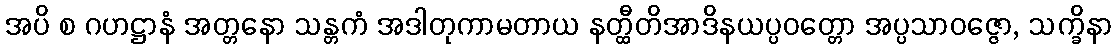
အပိ စ ဂဟဋ္ဌာနံ အတ္တနော သန္တကံ အဒါတုကာမတာယ နတ္ထီတိအာဒိနယပ္ပဝတ္တော အပ္ပသာဝဇ္ဇော, သက္ခိနာ